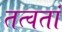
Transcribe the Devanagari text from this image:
तत्वतां